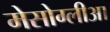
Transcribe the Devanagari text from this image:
मेसोग्लीआ